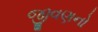
જીવણનો